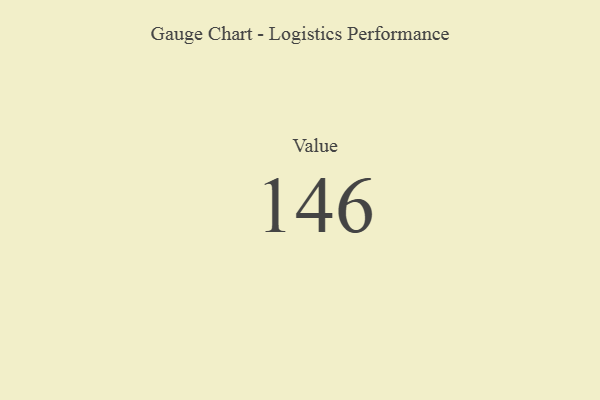
{"axis": {"x": "Metric", "y": "Value"}, "legend": [""], "data": [{"x": "Value", "y": 146, "type": ""}]}